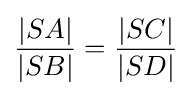
{\frac {|SA|}{|SB|}}={\frac {|SC|}{|SD|}}